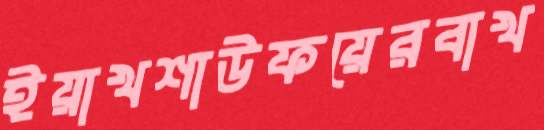
ইয়াখশাউফয়েরবাখ